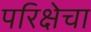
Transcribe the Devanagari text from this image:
परिक्षेचा